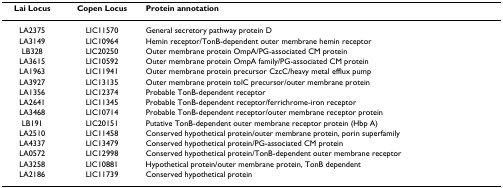
<table><thead><tr><td><b>Lai Locus</b></td><td><b>Copen Locus</b></td><td><b>Protein annotation</b></td></tr></thead><tbody><tr><td>LA2375</td><td>LIC11570</td><td>General secretory pathway protein D</td></tr><tr><td>LA3149</td><td>LIC10964</td><td>Hemin receptor/TonB-dependent outer membrane hemin receptor</td></tr><tr><td>LB328</td><td>LIC20250</td><td>Outer membrane protein OmpA/PG-associated CM protein</td></tr><tr><td>LA3615</td><td>LIC10592</td><td>Outer membrane protein OmpA family/PG-associated CM protein</td></tr><tr><td>LA1963</td><td>LIC11941</td><td>Outer membrane protein precursor CzcC/heavy metal efflux pump</td></tr><tr><td>LA3927</td><td>LIC13135</td><td>Outer membrane protein tolC precursor/outer membrane protein</td></tr><tr><td>LA1356</td><td>LIC12374</td><td>Probable TonB-dependent receptor</td></tr><tr><td>LA2641</td><td>LIC11345</td><td>Probable TonB-dependent receptor/ferrichrome-iron receptor</td></tr><tr><td>LA3468</td><td>LIC10714</td><td>Probable TonB-dependent receptor/outer membrane receptor protein</td></tr><tr><td>LB191</td><td>LIC20151</td><td>Putative TonB-dependent outer membrane receptor protein (Hbp A)</td></tr><tr><td>LA2510</td><td>LIC11458</td><td>Conserved hypothetical protein/outer membrane protein, porin superfamily</td></tr><tr><td>LA4337</td><td>LIC13479</td><td>Conserved hypothetical protein/PG-associated CM protein</td></tr><tr><td>LA0572</td><td>LIC12998</td><td>Conserved hypothetical protein/TonB-dependent outer membrane receptor</td></tr><tr><td>LA3258</td><td>LIC10881</td><td>Hypothetical protein/outer membrane protein, TonB dependent</td></tr><tr><td>LA2186</td><td>LIC11739</td><td>Conserved hypothetical protein</td></tr></tbody></table>